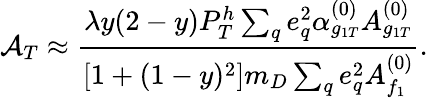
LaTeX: {\cal A}_{T}\approx\frac{\lambda y(2-y)P_{T}^{h}\sum_{q}e_{q}^{2}\alpha_{g_{1T}}^{(0)}A_{g_{1T}}^{(0)}}{[1+(1-y)^{2}]m_{D}\sum_{q}e_{q}^{2}A_{f_{1}}^{(0)}}.